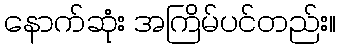
နောက်ဆုံး အကြိမ်ပင်တည်း။